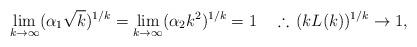
LaTeX: \begin{align*}\lim_{k\to\infty}(\alpha_1\sqrt{k})^{1/k}=\lim_{k\to\infty}(\alpha_2k^2)^{1/k}=1\quad\therefore\,(kL(k))^{1/k}\to1,\end{align*}